Vital statistics of India. Vol. IV, Annual returns from 1871 to 1876. British Army of India, Native Army and jails of Bengal
Year: 1871
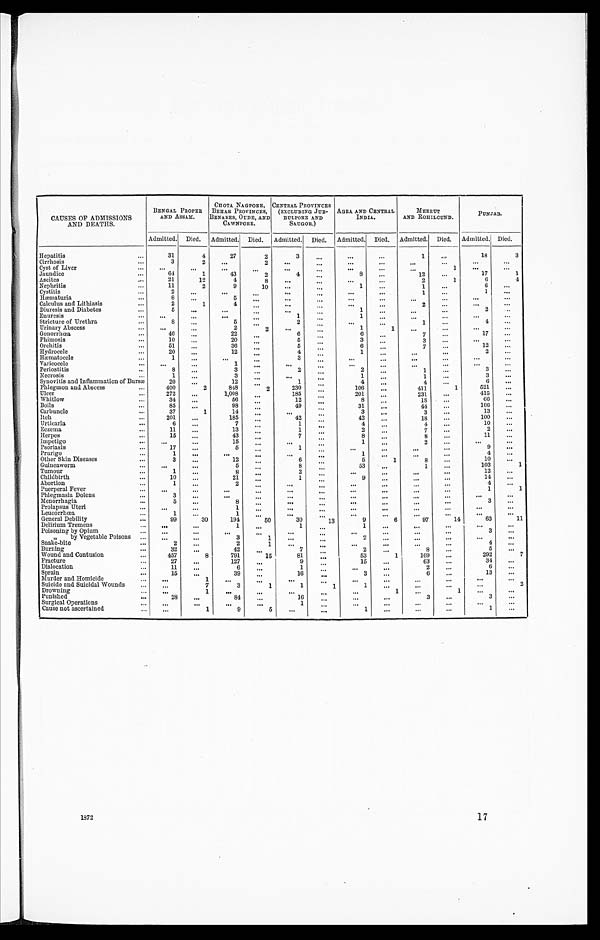
CAUSES OF ADMISSIONS
AND DEATHS.
BENGAL PROPER
AND ASSAM.
CHOTA NAGPORE,
BEHAR PROVINCES,
BENARES, OUDE, AND
CAWNPORE.
CENTRAL PROVINCES
(EXCLUDING JUB-
BULPORE AND
SAUGOR.)
AGRA AND CENTRAL
INDIA.
MEERUT
AND ROHILCUND.
PUNJAB.
Admitted.
Died.
Admitted.
Died.
Admitted.
Died.
Admitted.
Died.
Admitted.
Died.
Admitted. Died.
Hepatitis . . .
31
4
27
2
3
. . .
. . .
. . .
1
. . .
18
3
Cirrhosis . . .
3
2
. . .
2
. . .
. . .
. . .
. . .
. . .
. . .
. . .
. . .
Cyst of Liver . . .
. . .
. . .
. . .
. . .
. . .
. . .
. . .
. . .
. . .
1
. . .
. . .
Jaundice . . .
64
1
43
2
4
. . .
8
. . .
12
. . .
17
1
Ascites . . .
21
12
4
8
. . .
. . .
. . .
. . .
2
1
6
4
Nephritis . . .
11
2
9
10
. . .
. . .
1
. . .
1
. . .
6
. . .
Cystitis . . .
2
. . .
. . .
. . .
. . .
. . .
. . .
. . .
1
. . .
1
. . .
Hæmaturia . . .
8
. . .
5
. . .
. . .
. . .
. . .
. . .
. . .
. . .
. . .
. . .
Calculus and Lithiasis . . .
2
1
4
. . .
. . .
. . .
. . .
. . .
2
. . .
. . .
. . .
Diuresis and Diabetes . . .
5
. . .
. . .
. . .
. . .
. . .
1
. . .
. . .
. . .
2
. . .
Enuresis . . .
. . .
. . .
. . .
. . .
1
. . .
1
. . .
. . .
. . .
. . .
. . .
Stricture of Urethra . . .
8
. . .
5
. . .
2
. . .
. . .
. . .
1
. . .
4
. . .
Urinary Abscess . . .
. . .
. . .
2
2
. . .
. . .
1
1
. . .
. . .
. . .
. . .
Gonorrhœa . . .
46
. . .
22
. . .
6
. . .
6
. . .
7
. . .
17
. . .
Phimosis . . .
10
. . .
20
. . .
5
. . .
3
. . .
3
. . .
. . .
. . .
Orchitis . . .
51
. . .
36
. . .
5
. . .
6
. . .
7
. . .
12
. . .
Hydrocele . . .
20
. . .
12
. . .
4
. . .
1
. . .
. . .
. . .
2
. . .
Hæmatocele . . .
1
. . .
. . .
. . .
3
. . .
. . .
. . .
. . .
. . .
. . .
. . .
Varicocele . . .
. . .
. . .
1
. . .
. . . . . .
. . .
. . .
. . .
. . .
. . .
. . .
Periostitis . . .
8
. . .
3
. . .
2
. . .
2
. . .
1
. . .
3
. . .
Necrosis . . .
1
. . .
3
. . .
. . .
. . .
1
. . .
1
. . .
3
. . .
Synovitis and Inflammation of Bursæ
20
. . .
12
. . .
1
. . .
4
. . .
4
. . .
6
. . .
Phlegmon and Abscess . . .
400
2
848
2
230
. . .
106
. . .
411
1
521
. . .
Ulcer . . .
272
. . .
1,008 . . .
185
. . .
201
. . .
231
. . .
415
. . .
Whitlow . . .
34
. . .
56
. . .
12
. . .
8
. . .
1 8
. . .
66
. . .
Boils . . .
85
. . .
98
. . .
49
. . .
31
. . .
44
. . .
166
. . .
Carbuncle . . .
37
1
14
. . .
. . .
. . .
3 . . .
. . .
3
. . .
13
. . .
Itch . . .
201
. . .
185
. . .
42
. . .
42
. . .
18
. . .
100
. . .
Urticaria . . .
6
. . .
7
. . .
1
. . .
4
. . .
4
. . .
10
. . .
Eczema . . .
11
. . .
13
. . .
1
. . .
2
. . .
7
. . .
2
. . .
Herpes . . .
15
. . .
43
. . .
7
. . .
8
. . .
8
. . .
11
. . .
Impetigo . . .
. . .
. . .
15
. . .
. . .
. . .
1
. . .
2
. . .
. . .
. . .
Psoriasis . . .
17
. . .
5
. . .
1
. . .
. . .
. . .
. . .
. . .
9
. . .
Prurigo . . .
1
. . .
. . .
. . .
. . .
. . .
1
. . .
. . .
. . .
4
. . .
Other Skin Diseases . . .
3
. . .
12
. . .
6
. . .
5
1
8
. . .
10
. . .
Guineaworm . . .
. . .
. . .
5
. . .
8
. . .
53
. . .
1
. . .
103
1
Tumour . . .
1
. . .
8
. . .
2
. . .
. . .
. . .
. . .
. . .
12
. . .
Childbirth . . .
10
. . .
21
. . .
1
. . .
9
. . .
. . .
. . .
14
. . .
Abortion . . .
1
. . .
2
. . .
. . .
. . .
. . .
. . .
. . .
. . .
4
. . .
Puerperal Fever . . .
. . .
. . .
. . .
. . .
. . .
. . .
. . .
. . .
. . .
. . .
1
1
Phlegmasia Dolens . . .
3
. . .
. . .
. . .
. . .
. . .
. . .
. . .
. . .
. . .
. . .
. . .
Menorrhagia . . .
5
. . .
8
. . .
. . .
. . .
. . .
. . .
. . .
. . .
3
. . .
Prolapsus Uteri . . .
. . .
. . .
1
. . .
. . .
. . .
. . .
. . .
. . .
. . .
. . .
. . .
Leucrrhœa . . .
1
. . .
1
. . .
. . .
. . .
. . .
. . .
. . .
. . .
. . .
. . .
General Debility . . .
99
30
194
5 0
30
13
9
6
97
14
63
11
Delirium Tremens . . .
. . .
. . .
1
. . .
1 . . .
1
. . .
. . .
. . .
. . .
. . .
Poisoning by Opium . . .
. . .
. . .
. . . . . .
. . .
. . .
. . .
. . .
. . .
. . .
3
. . .
" by Vegetable Poisons . . .
. . .
. . .
3
1 . . .
. . .
2
. . .
. . .
. . .
. . .
. . .
Snake-bite . . .
2
. . .
2
1
. . .
. . .
. . .
. . .
. . .
. . .
4
. . .
Burning . . .
32
. . .
42
. . .
7
. . .
2
. . .
8
. . .
5
. . .
Wound and Contusion . . .
457
8
791
15
81
. . .
53
1
169
. . .
292
7
Fracture . . .
27
. . .
127
. . .
9
. . .
15
. . .
63
. . .
34
. . .
Dislocation . . .
11
. . .
6
. . .
1
. . .
. . .
. . .
2
. . .
6
. . .
Sprain . . .
15
. . .
39
. . .
16
. . .
3
. . .
6
. . .
13
. . .
Murder and Homicide . . .
. . .
1
. . .
. . .
. . .
. . .
. . .
. . .
. . .
. . .
. . .
. . .
Suicide and Suicidal Wounds . . .
. . .
7
3
1
1
1
1
. . .
. . .
. . .
. . .
2
Drowning . . .
. . .
1
. . .
. . .
. . .
. . .
. . .
1
. . .
1
. . .
. . .
Punished . . .
28
. . .
84
. . .
16
. . .
. . .
. . .
3
. . .
3
. . .
Surgical Operations . . .
. . .
. . .
. . .
. . .
1
. . .
. . .
. . .
. . .
. . .
. . .
. . .
Cause not ascertained . . .
. . .
1
9
5
. . .
. . .
1
. . .
. . .
. . .
1
. . .
1 8 7 2
17